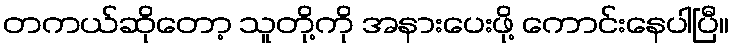
တကယ်ဆိုတော့ သူတို့ကို အနားပေးဖို့ ကောင်းနေပါပြီ။